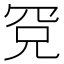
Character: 𰭉